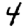
Digit: 4